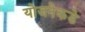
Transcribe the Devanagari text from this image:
योजनेकडे